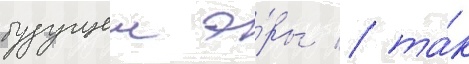
будущеи э́ры / та́к